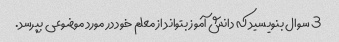
3 سوال بنویسید که دانش آموز بتواند از معلم خود در مورد موضوعی بپرسد.